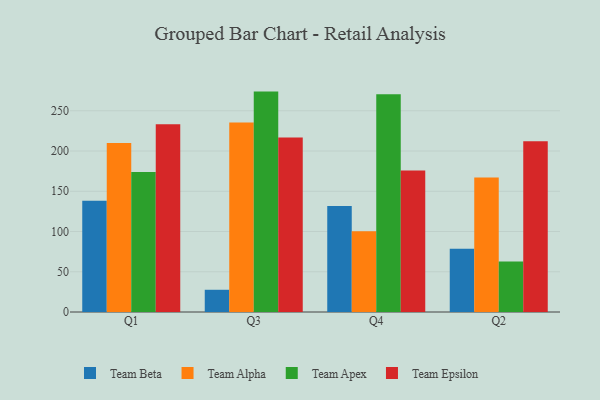
{"axis": {"x": "Quarter", "y": "Bounce Rate (%)"}, "legend": ["Team Alpha", "Team Apex", "Team Beta", "Team Epsilon"], "data": [{"x": "Q1", "y": 138.3, "type": "Team Beta"}, {"x": "Q1", "y": 210.0, "type": "Team Alpha"}, {"x": "Q1", "y": 173.9, "type": "Team Apex"}, {"x": "Q1", "y": 233.3, "type": "Team Epsilon"}, {"x": "Q3", "y": 27.6, "type": "Team Beta"}, {"x": "Q3", "y": 235.5, "type": "Team Alpha"}, {"x": "Q3", "y": 273.8, "type": "Team Apex"}, {"x": "Q3", "y": 216.9, "type": "Team Epsilon"}, {"x": "Q4", "y": 131.7, "type": "Team Beta"}, {"x": "Q4", "y": 100.4, "type": "Team Alpha"}, {"x": "Q4", "y": 270.6, "type": "Team Apex"}, {"x": "Q4", "y": 175.8, "type": "Team Epsilon"}, {"x": "Q2", "y": 78.5, "type": "Team Beta"}, {"x": "Q2", "y": 167.2, "type": "Team Alpha"}, {"x": "Q2", "y": 62.7, "type": "Team Apex"}, {"x": "Q2", "y": 212.2, "type": "Team Epsilon"}]}